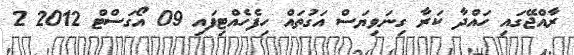
ރާއްޖޭގައި ހައްދާ ކަރާ ގިނަވިޔަސް އަގުތައް ހިފެހެއްޓިފައި 09 އޯގަސްޓް 2012 2